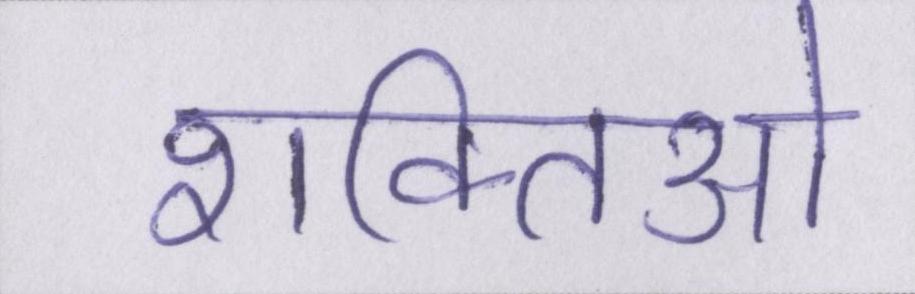
शक्तिओ